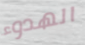
الهدوء